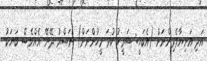
އަދި އަނިޔާވެރިންނަށް (އެބަހީ: ޝަރީކު ކުޅަ މީހުންނަށް) ނަޞްރު ދޭނޭ އެއްވެސް ބަޔަކު